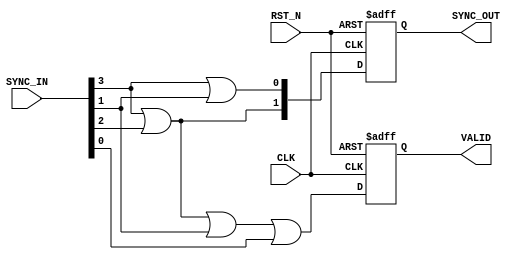
module io_sync (
  input  wire       CLK,
  input  wire       RST_N,
  input  wire [3:0] SYNC_IN,
  output reg  [1:0] SYNC_OUT,
  output reg        VALID
);

  always @(posedge CLK or negedge RST_N) begin
    if (!RST_N) begin
      SYNC_OUT    <= 0;
      VALID       <= 0;
    end else begin
      SYNC_OUT    <= {(SYNC_IN[3] | SYNC_IN[2]), (SYNC_IN[3] | SYNC_IN[1])};
      VALID       <=   SYNC_IN[3] | SYNC_IN[2] |  SYNC_IN[1] | SYNC_IN[0];
    end
  end

endmodule